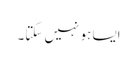
ایسا ہو نہیں سکتا۔